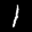
Label: 1